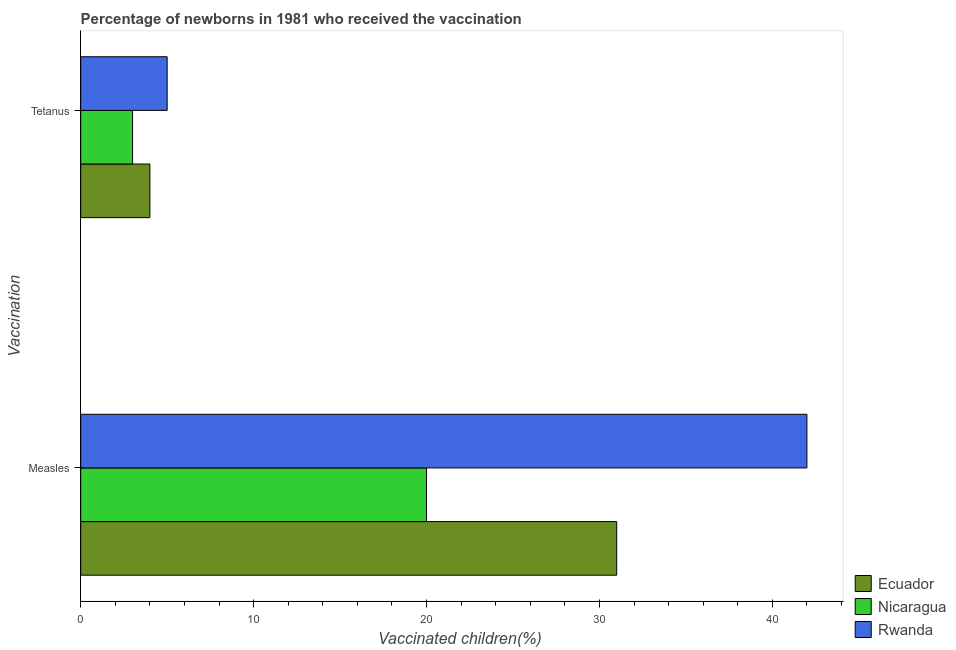
| Vaccination | Ecuador | Nicaragua | Rwanda |
 | --- | --- | --- | --- |
 | Measles | 31 | 20 | 42 |
 | Tetanus | 4 | 3 | 5 |